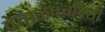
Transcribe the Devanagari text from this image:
वेताळपंचविशी